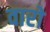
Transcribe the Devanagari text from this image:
वारो